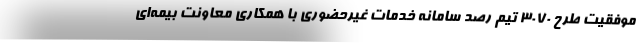
موفقیت طرح ۳۰۷۰ تیم رصد سامانه خدمات غیرحضوری با همکاری معاونت بیمه‌ای